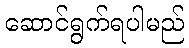
ဆောင်ရွက်ရပါမည်